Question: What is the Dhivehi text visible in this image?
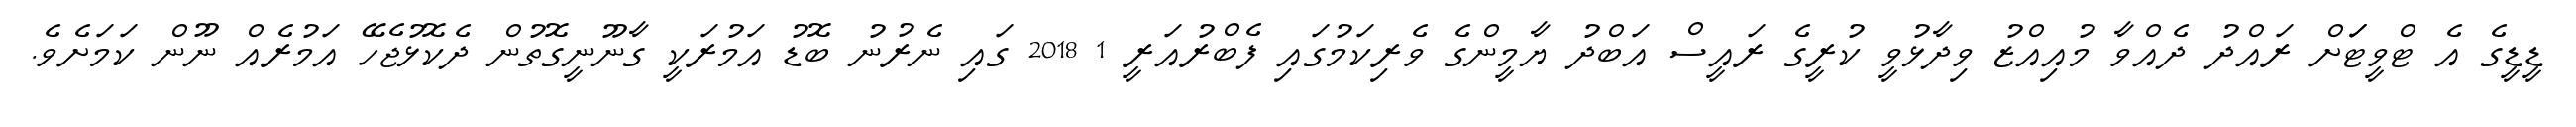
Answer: ޑީޑީގެ އެ ޓްވީޓަަށް ރައްދު ދެއްވާ މުއިއްޒު ވިދާޅުވީ ކުރީގެ ރައީސް އަބްދު ޔާމީންގެ ވެރިކަމުގައި ފެބްރުއަރީ 1 2018 ގައި ނެރުނު ބޮޑު އަމުރަކީ ގާނޫނީގޮތުން ދެކޮޅުޖެހޭ އަމުރެއް ނޫން ކަމަށެވެ.